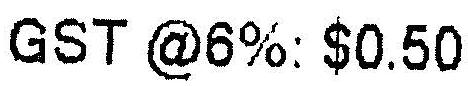
GST @6%: $0.50